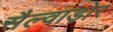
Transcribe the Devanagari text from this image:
सैल्वाड़ोर